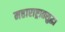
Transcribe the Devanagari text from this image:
महाराष्ट्रातसुद्धा